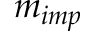
m _ { i m p }